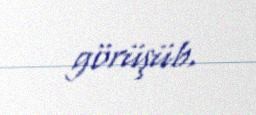
görüşüb.